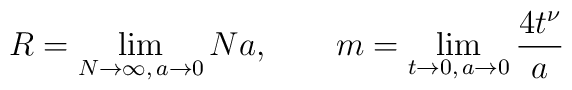
R=\lim_{N\to\infty,\, a\to 0} Na,\qquad m=\lim_{t\to 0,\, a\to 0}\frac{4t^\nu}{a}